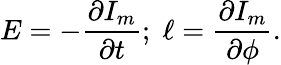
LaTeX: E=-\frac{\partial I_{m}}{\partial t};\; \ell=\frac{\partial I_{m}}{\partial\phi}.